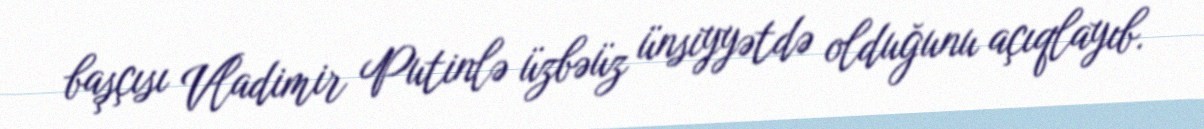
başçısı Vladimir Putinlə üzbəüz ünsiyyətdə olduğunu açıqlayıb.